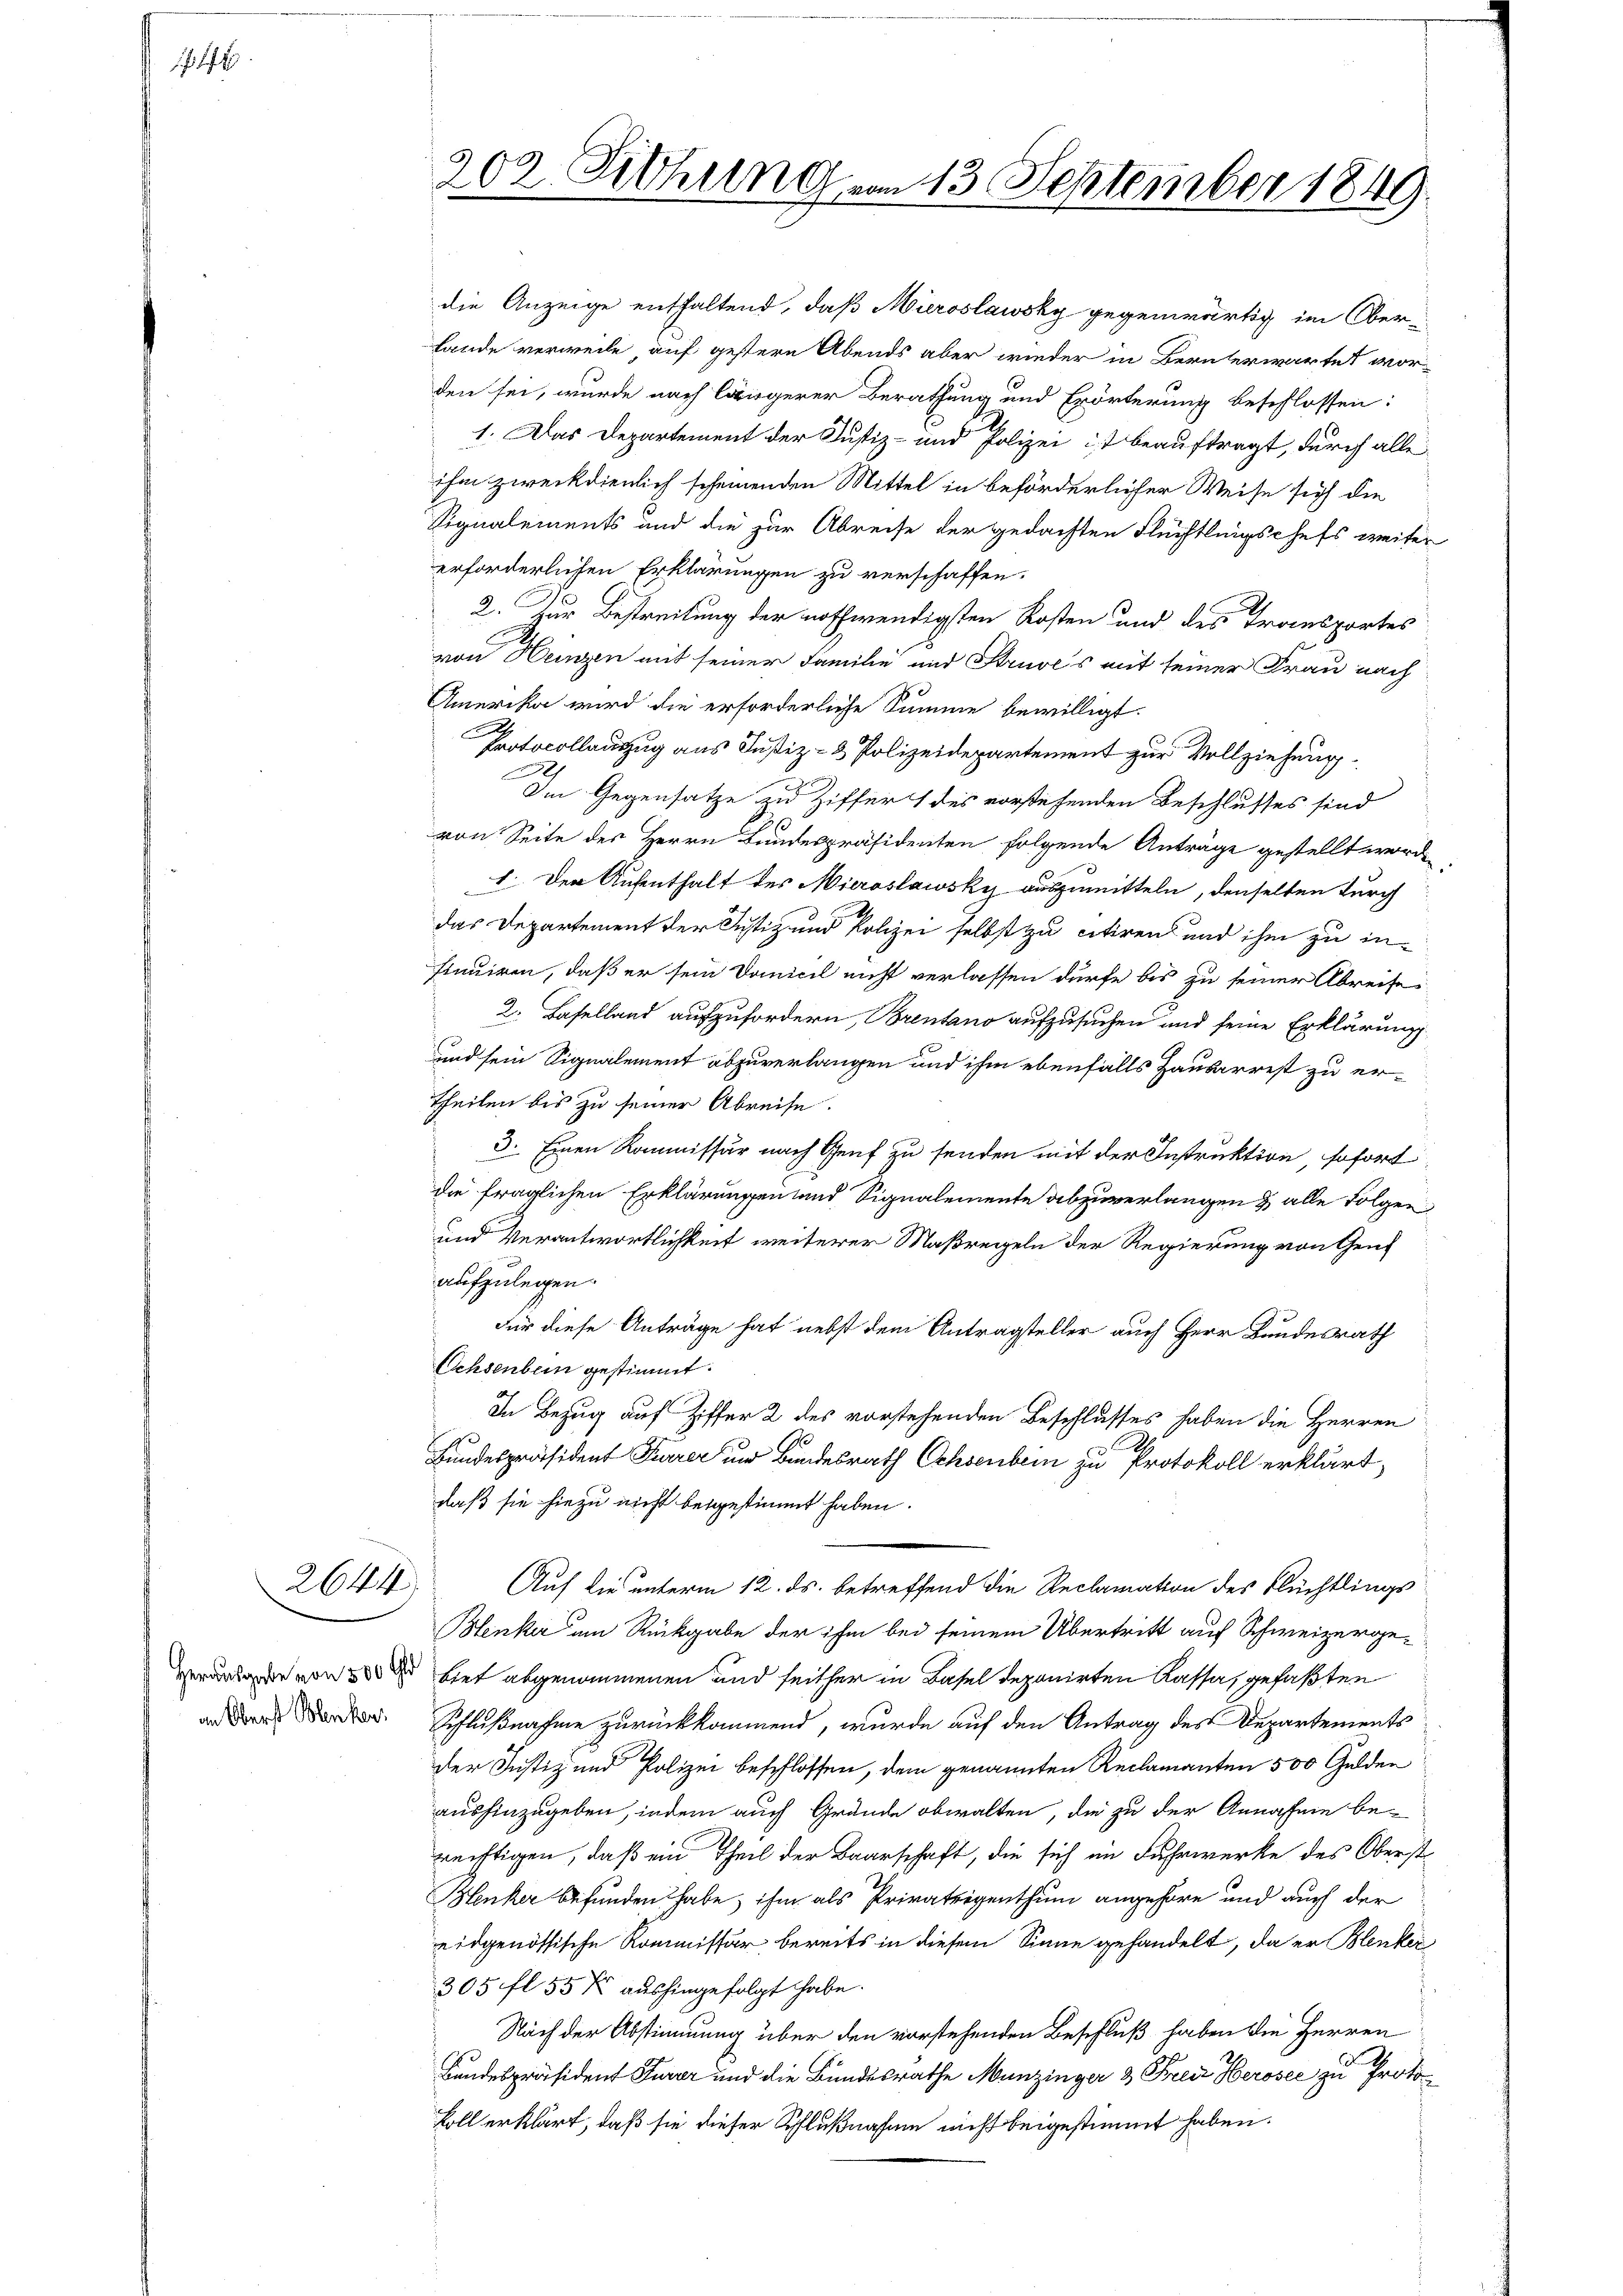
2644
Herausgabe von 500 Gld

202. Sitzung vom 13. September 1849.

die Anzeige enthaltend, daß Mieroslawsky gegenwärtig im Ober¬
Lande verweile, auf gestern Abends aber wieder in Bernterwartet worden sei, wurde nach längerer Berathung und Erörterung beschlossen:
1. Das Departement der Justiz- und Polizei ist beauftragt, durch alle
ihm zweckdienlich scheinenden Mittel in beförderlicher Weise sich die
Signalements und die zur Abreise der gedachten Flüchtlingschefs weiter
erforderlichen Erklärungen zu verschaffen.
2. Zur Bestreitung der nothwendigsten Kosten und des Transportes
von Heinzen mit seiner Familie und Struves mit seiner Frau nach
Amerika wird die erforderliche Summe bewilligt.
Protocollauszug aus Justiz- & Polizeidepartement zur Vollziehung
Im Gegensatze zu Ziffer 1 des vorstehenden Beschlusses sind
von Seite des Herrn Bundespräsidenten folgende Anträge gestellt worden,
I. Der Aufenthalt des Mieroslawsky auszumitteln, denselben durch
das Departement der Justiz und Polizei selbst zu citiren und ihm zu insinuiren, daß er sein Danicil nicht verlassen dürfe bis zu seiner Abreises
2. Baselland aufzufordern, Brentano aufzusuchen und seine Erklärung
und sein Signalement abzuverlangen und ihm ebenfalls Hauserrest zu er¬
Theilen bis zu seiner Abreise.
3. Einen Kommissär nach Genf zu senden mit der Instruktion, sofort
die fraglichen Erklärungen und Signalemente abzuverlangen & alle Folgen
und Verantwortlichkeit weiterer Maßregeln der Regierung von Genf
aufzulegen.
Für diese Anträge hat nebst dem Antragsteller auch Herr Bundesrath
Ochsenbein gestimmt.
In Bezug auf Ziffer 2 des vorstehenden Beschlusses haben die Herren

Bundespräsident Furrer und Bundesrath Ochsenbein zu Protokoll erklärt,
daß sie hiezu nicht besgestimmt haben.
Auf die unterm 12. ds. betreffend die Reclamation des Flüchtlings¬
Menker um Rückgabe der ihm bei seinem Übertritt auf Schweizergebiet abgenommenen und seither in Basel deponirten Kassa, gefaßten
ad der Schlußnahme zurückkommend, wurde auf den Antrag des Departements
der Justiz und Polizei beschlossen, dem genannten Reclamanten 500 Gulden
aushinzugeben, indem auch Grände obwalten, die zu der Annahme be-
reiftigen, daß ein Theil der Baarschaft, die sich im Fuhrwerke des Oberst¬
Blenker befunden habe, ihm als Privateigenthum angehöre und auch der
eidgenössische Kommissär bereits in diesem Sinne gehandelt, da er Blenkir
305 fl. 55 Xr aushingefolgt habe.
Nach der Abstimmung über den vorstehenden Beschluß haben die Herren
Bundespräsident Gurer und die Bundesrathe Munzinger & Frei Herosee zu Proto
koll erklärt, daß sie dieser Schlußnahme nicht beigestimmt haben.